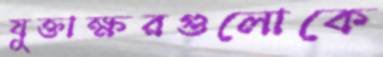
যুক্তাক্ষরগুলোকে